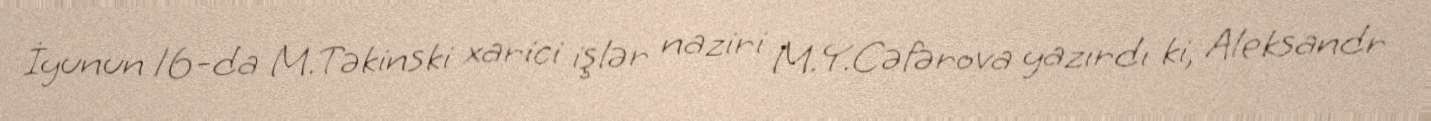
İyunun 16-da M.Təkinski xarici işlər naziri M.Y.Cəfərova yazırdı ki, Aleksandr